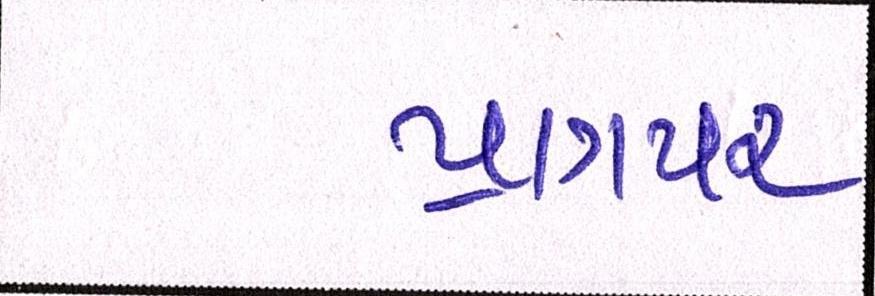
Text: પ્રાગપર